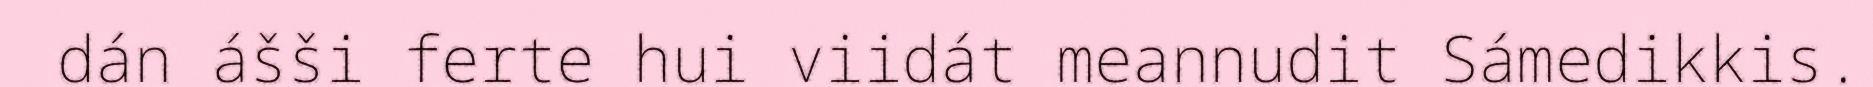
dán ášši ferte hui viidát meannudit Sámedikkis.